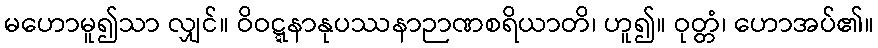
မဟောမူ၍သာ လျှင်။ ဝိဝဋ္ဋနာနုပဿနာဉာဏစရိယာတိ၊ ဟူ၍။ ဝုတ္တံ၊ ဟောအပ်၏။